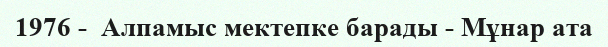
1976 -  Алпамыс мектепке барады - Мұнар ата